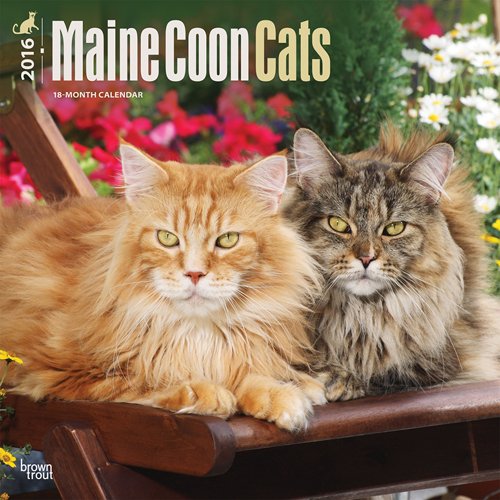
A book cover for Maine Coon Cats 2016 Square 12x12; Browntrout Publishers; Calendars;